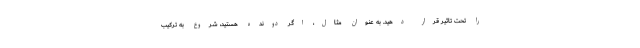
را تحت تاثیر قرار دهید. به عنوان مثال، اگر دونده هستید، شروع به ترکیب